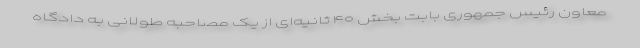
معاون رئیس جمهوری بابت بخش ۴۰ ثانیه‌ای از یک مصاحبه طولانی به دادگاه